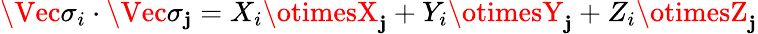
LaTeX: \Vec{\sigma_{i}}\cdot\Vec{\sigma_{\mathbf{j}}}=X_{i}\otimesX_{\mathbf{j}}+Y_{i}\otimesY_{\mathbf{j}}+Z_{i}\otimesZ_{\mathbf{j}}